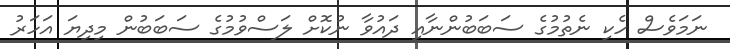
ނަމަވެސް ހެކި ނެތުމުގެ ސަބަބުންނާއި ދައުވާ ނުކޮށް ލަސްވުމުގެ ސަބަބުން މިދިޔަ އަހަރު